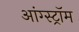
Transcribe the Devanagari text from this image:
आंग्स्ट्रॉम